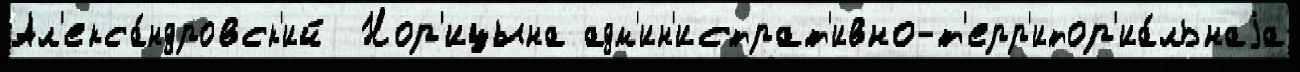
Ал'екса́ндровск'ий  Нор'ицына адм'ин'истрат'ивно-т'ерр'итор'иа́льнаjа